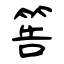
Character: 筶